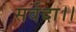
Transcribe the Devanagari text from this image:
सर्वदा।।